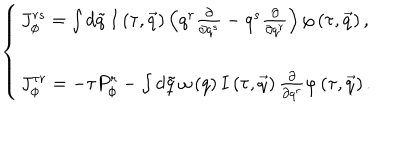
\left\{ \begin{array} { l } { { J _ { \phi } ^ { r s } = \int d \tilde { q } \, I \left( \tau , \vec { q } \right) \left( q ^ { r } \frac \partial { \partial q ^ { s } } - q ^ { s } \frac \partial { \partial q ^ { r } } \right) \varphi \left( \tau , \vec { q } \right) , } } \\ { { J _ { \phi } ^ { \tau r } = - \tau P _ { \phi } ^ { r } - \int d \tilde { q } \, \omega \left( q \right) I \left( \tau , \vec { q } \right) \frac \partial { \partial q ^ { r } } \varphi \left( \tau , \vec { q } \right) . } } \\ \end{array} \right.